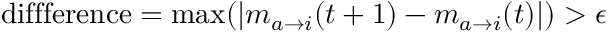
\mathrm { d i f f f e r e n c e } = \operatorname* { m a x } _ { } ( | m _ { a \rightarrow i } ( t + 1 ) - m _ { a \rightarrow i } ( t ) | ) > \epsilon